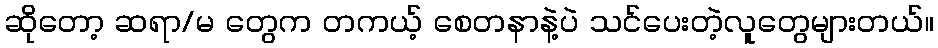
ဆိုတော့ ဆရာ/မ တွေက တကယ့် စေတနာနဲ့ပဲ သင်ပေးတဲ့လူတွေများတယ်။